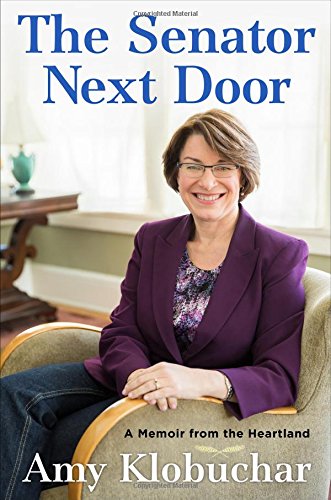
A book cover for The Senator Next Door: A Memoir from the Heartland; Amy Klobuchar; Biographies & Memoirs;